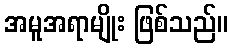
အမူအရာမျိုး ဖြစ်သည်။